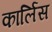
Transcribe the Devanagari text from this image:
कार्लिस